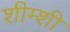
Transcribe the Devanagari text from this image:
शीम्शी